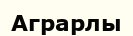
Аграрлы